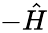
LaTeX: -\hat{H}